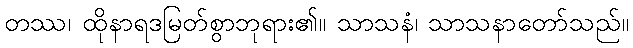
တဿ၊ ထိုနာရဒမြတ်စွာဘုရား၏။ သာသနံ၊ သာသနာတော်သည်။